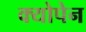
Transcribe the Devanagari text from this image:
क्योपेन